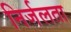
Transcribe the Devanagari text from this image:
निर्जलता